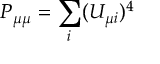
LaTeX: P _ { \mu \mu } = \sum _ { i } ( U _ { \mu i } ) ^ { 4 }